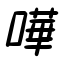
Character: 嘩